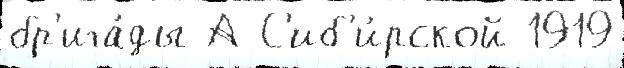
бр'ига́ды А С'иб'и́рской 1919